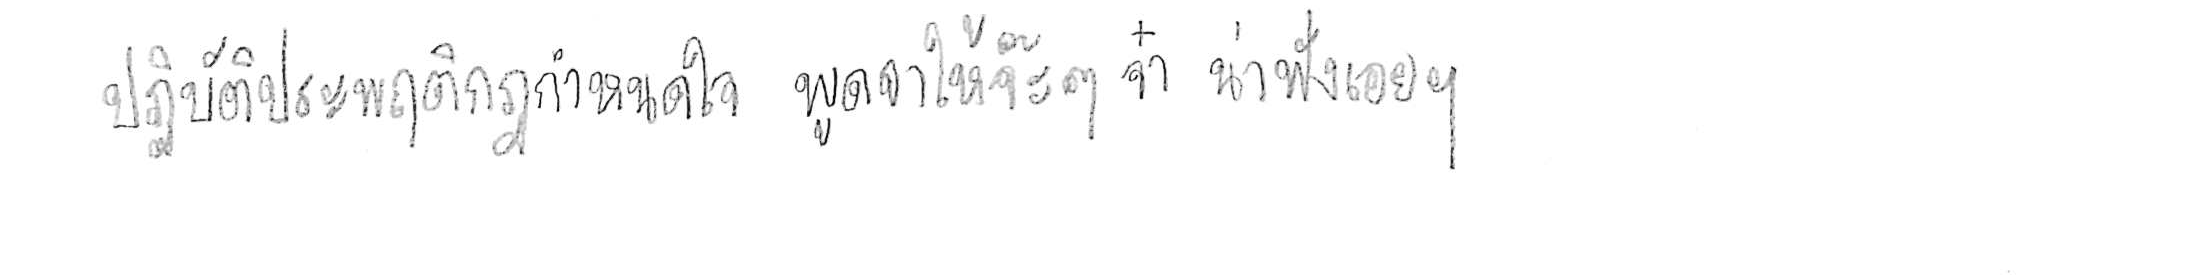
ปฏิบัติประพฤติกฎกำหนดใจ พูดจาให้จ๊ะๆ จ๋า น่าฟังเอยฯ